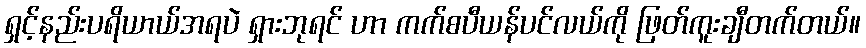
ရှင့်နည်းပရိယာယ်အရပဲ ရှားဘုရင် ဟာ ကက်စပီယန်ပင်လယ်ကို ဖြတ်ကူးချီတက်တယ်။